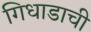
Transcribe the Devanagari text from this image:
गिधाडाची